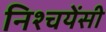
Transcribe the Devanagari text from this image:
निश्चयेंसी